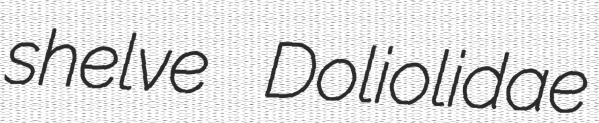
shelve Doliolidae